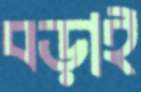
বড়াই